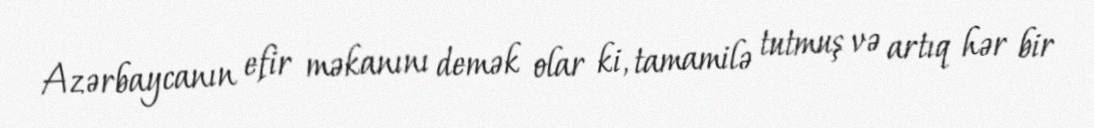
Azərbaycanın efir məkanını demək olar ki, tamamilə tutmuş və artıq hər bir